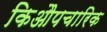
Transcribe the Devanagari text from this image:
किऔपचारिक